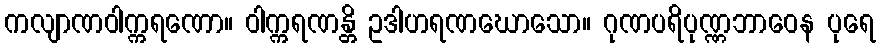
ကလျာဏဝါက္ကရဏော။ ဝါက္ကရဏန္တိ ဥဒါဟရဏဃောသော။ ဂုဏပရိပုဏ္ဏဘာဝေန ပုရေ